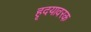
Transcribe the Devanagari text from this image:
हृदयावरक